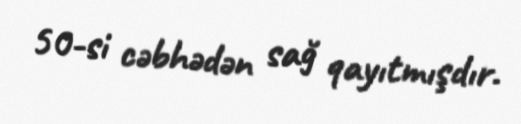
50-si cəbhədən sağ qayıtmışdır.